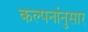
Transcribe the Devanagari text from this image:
कल्पनांनुसार